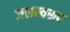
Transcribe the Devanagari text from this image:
जलस्वरूप